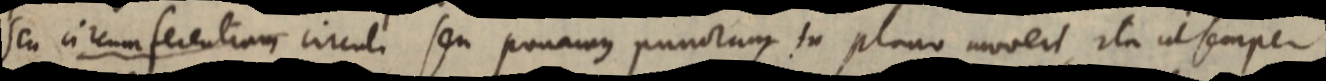
seu circumferentiam circuli seu ponamus punctum in plano moveri, ita ut semper